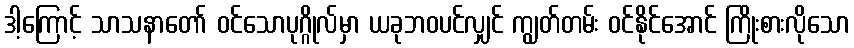
ဒါ့ကြောင့် သာသနာတော် ဝင်သောပုဂ္ဂိုလ်မှာ ယခုဘဝပင်လျှင် ကျွတ်တမ်း ဝင်နိုင်အောင် ကြိုးစားလိုသော